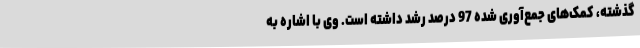
گذشته، کمک‌های جمع‌آوری شده 97 درصد رشد داشته است. وی با اشاره به